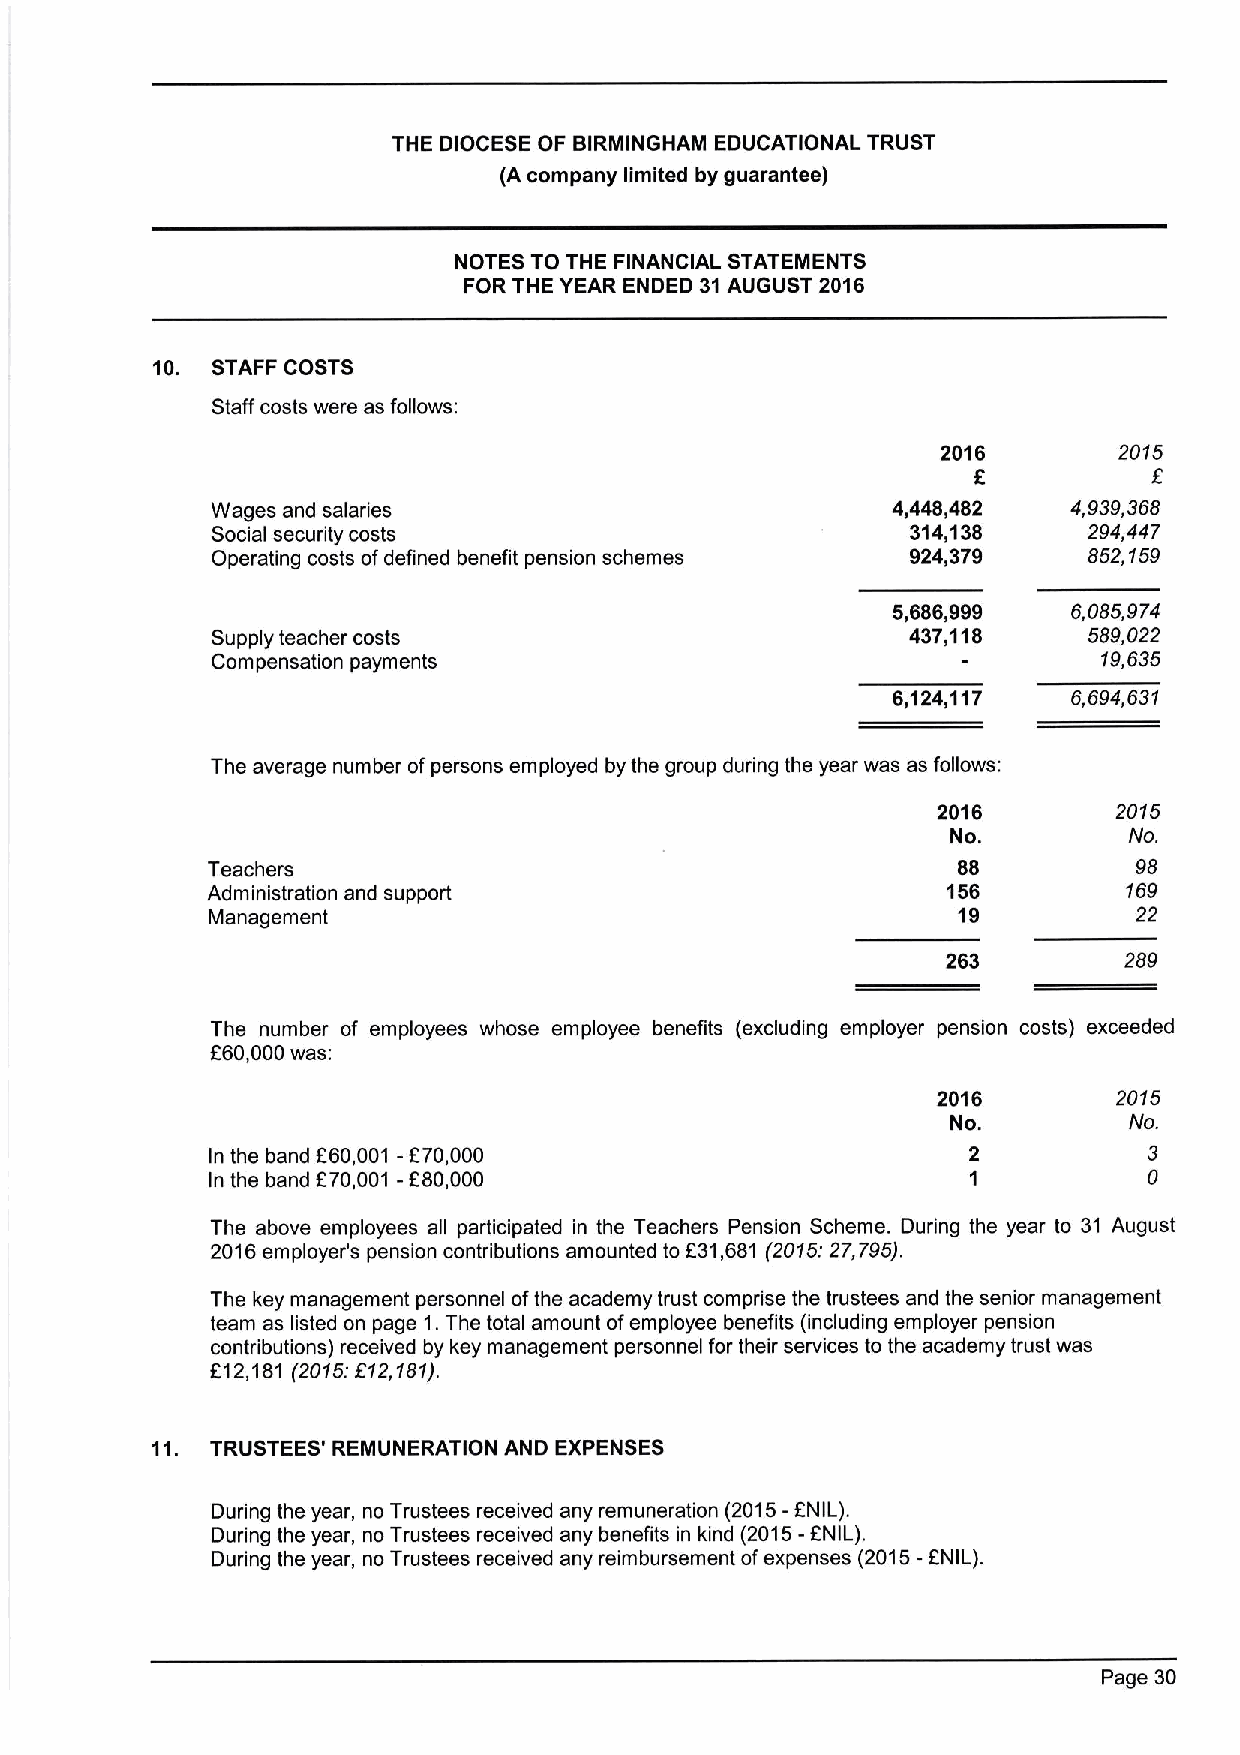
THE DIOCESE OF BIRMINGHAM EDUCATIONAL TRUST
 (Acompany limited by guarantee)
 NOTES TO THE FINANCIAL STATEMENTS
 FOR THE YEAR ENDED 31AUGUST 2016
 10. STAFF COSTS
 Staff costs were as follows:
 2016        2015
 f
 E
 Wages and salaries                           4,448,482   4,939,368
 Social security costs                         314,138     294,447
 Operating costs ofdefined benefit pension schemes 924,379 852,159
 5,686,999   5,085,974
 Supply teacher costs                          437,118     589,022
 Compensation payments                                      19,635
 6,124,117   6,694,631
 The average number ofpersons employed by the group during the year was as follows:
 2016        2015
 No.         No.
 Teachers                                         88          98
 Administration and support                       156         169
 Management                                       19          22
 263        289
 The number of employees whose employee benefits (excluding employer pension costs) exceeded
 F60,000was:
 2016        2015
 No.         No.
 In the band F60,001 -f70,000                      2           3
 In the band F70,001 -f80,000                      1           0
 The above employees all participated in the Teachers Pension Scheme. During the year to 31 August
 2016employer's pension contributions amounted to E31,681 (2015:27,795).
 The key management personnel ofthe academy trust comprise the trustees and the senior management
 team as listed on page 1.The total amount ofemployee benefits (including employer pension
 contributions) received by key management personnel for their services to the academy trust was
 E12,181 (20f5:E12,181).
 11. TRUSTEES' REMUNERATION AND EXPENSES
 During the year, no Trustees received any remuneration (2015-FNIL).
 During the year, no Trustees received any benefits in kind (2015-FNIL).
 During the year, no Trustees received any reimbursement ofexpenses (2015-FNIL).
 Page 30